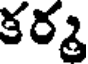
కర్మ